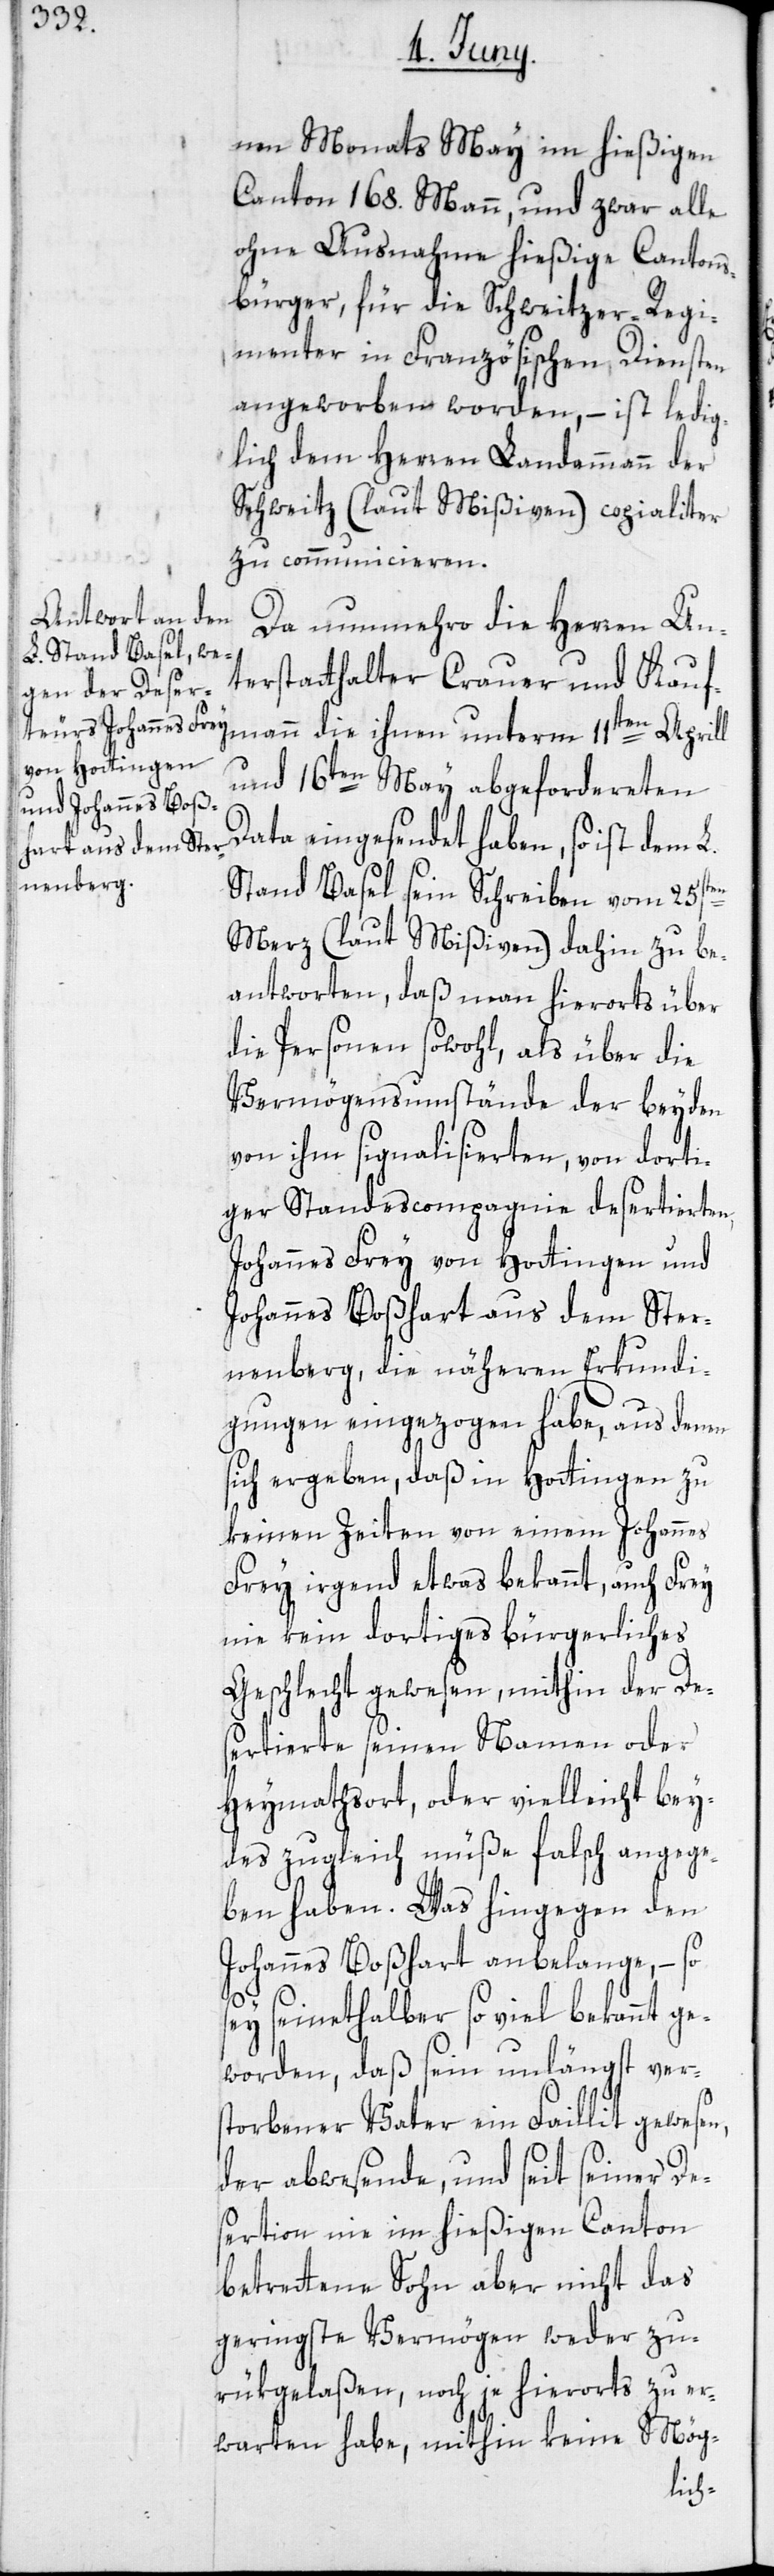
nen Monats May im hießigen
Canton 168. Mann, und zwar alle
ohne Ausnahme hießige Cantons¬
bürger, für die Schweitzer-Regi¬
menter in Französischen Diensten
angeworben worden, – ist ledig¬
lich dem Herren Landammann der
Schweitz (laut Mißiven) copialiter
zu communicieren.
Da nunmehro die Herren Un¬
terstatthalter Crauer und Kauf¬
mann die ihnen unterm 11ten Aprill
und 16ten May abgefordereten
Data eingesendet haben, so ist dem L.
Stand Basel sein Schreiben vom 25sten
Merz (laut Mißiven) dahin zu be¬
antworten, daß man hierorts über
die Personen sowohl, als über die
Vermögensumstände der beyden
von ihm signalisierten, von dorti¬
ger Standescompagnie desertierten,
Johannes Frey von Hottingen und
Johannes Boßhart aus dem Ster¬
nenberg, die näheren Erkundi¬
gungen eingezogen habe, aus denen
sich ergeben, daß in Hottingen zu
keinen Zeiten von einem Johannes
Frey irgend etwas bekannt, auch Frey
nie kein dortiges bürgerliches
Geschlecht gewesen, mithin der Des¬
ertierte seinen Namen oder
Heymathsort, oder vielleicht bey¬
des zugleich müße falsch angege¬
ben haben. Was hingegen den
Johannes Boßhart anbelange, – so
sey seinethalber so viel bekannt ge¬
worden, daß sein unlängst ver¬
s¬
torbener Vater ein Faillit gewesen,
der abwesende, und seit seiner De¬
sertion nie im hießigen Canton
betrettene Sohn aber nicht das
geringste Vermögen weder zu¬
rükgelaßen, noch je hierorts zu er¬
warten habe, mithin keine Mög-